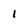
Character: 1